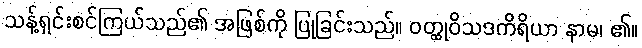
သန့်ရှင်းစင်ကြယ်သည်၏ အဖြစ်ကို ပြုခြင်းသည်။ ဝတ္ထုဝိသဒကိရိယာ နာမ၊ ၏။